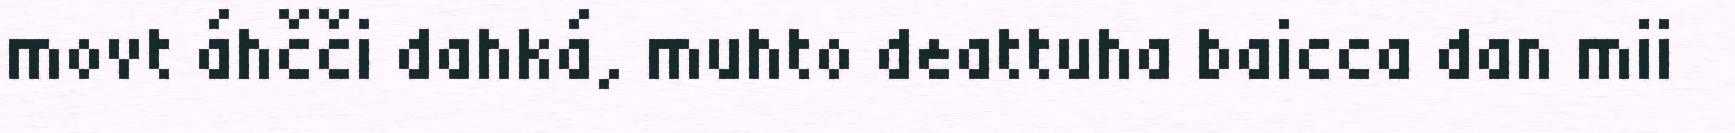
movt áhčči dahká, muhto deattuha baicca dan mii